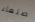
صلعاء